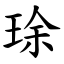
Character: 㻌